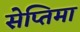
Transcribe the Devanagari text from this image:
सेप्तिमा